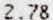
2.78